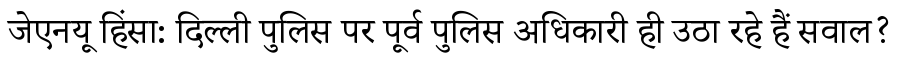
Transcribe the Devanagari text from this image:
जेएनयू हिंसा: दिल्ली पुलिस पर पूर्व पुलिस अधिकारी ही उठा रहे हैं सवाल?